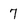
Character: 7